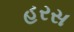
હરસ